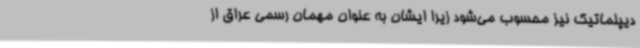
دیپلماتیک نیز محسوب می‌شود زیرا ایشان به عنوان مهمان رسمی عراق از